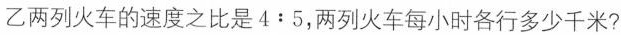
乙两列火车的速度之比是4:5，两列火车每小时各行多少千米?